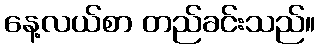
နေ့လယ်စာ တည်ခင်းသည်။